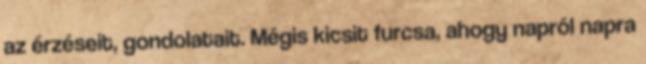
az érzéseit, gondolatait. Mégis kicsit furcsa, ahogy napról napra